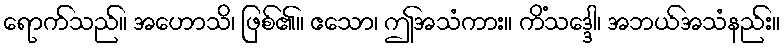
ရောက်သည်။ အဟောသိ၊ ဖြစ်၏။ ဧသော၊ ဤအသံကား။ ကိံသဒ္ဒေါ၊ အဘယ်အသံနည်း။